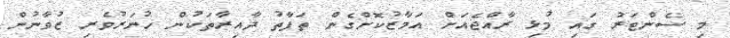
މި ސެންޓަރު ގައި މުޅި ރާއްޖެއަށް އަމާޒުކޮށްގެން ތަފާތު ދާއިރާތަކުން ހުނަރުވެރި ޒުވާނުން